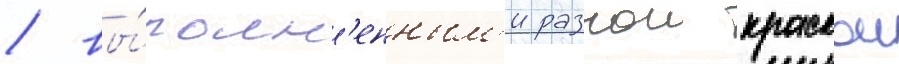
/ вы́полн'енным'и разнои краскои